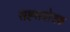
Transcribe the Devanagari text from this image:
सह्सयोजक